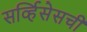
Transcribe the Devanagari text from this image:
सर्व्हिसेसची